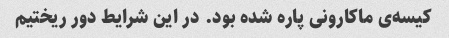
کیسه‌ی ماکارونی پاره شده بود. در این شرایط دور ریختیم